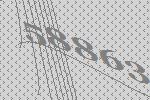
58863